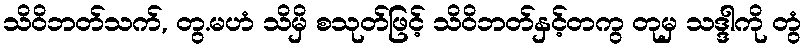
သိဝိဘတ်သက်, တွ.မဟံ သိမှိ စသုတ်ဖြင့် သိဝိဘတ်နှင့်တကွ တုမှ သဒ္ဒါကို တွံ